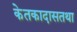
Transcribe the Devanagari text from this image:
केतकादासतथा